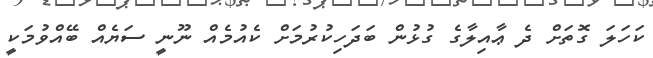
ކަހަލަ ގޮތަށް ދެ ޢާއިލާގެ ގުޅުން ބަދަހިކުރުމަށް ކެއުމެއް ނޫނީ ސަޔެއް ބޭއްވުމަކީ